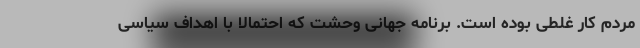
مردم کار غلطی بوده است. برنامه جهانی وحشت که احتمالا با اهداف سیاسی